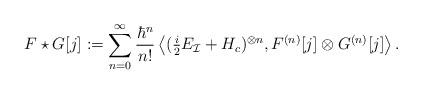
LaTeX: \begin{align*} F \star G [j] := \sum_{n = 0}^{\infty} \frac{\hbar^n}{n!} \left\langle (\tfrac{i}{2} E_{\mathcal{I}} + H_c)^{\otimes n}, F^{(n)}[j] \otimes G^{(n)}[j] \right\rangle.\end{align*}